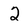
Character: 2